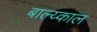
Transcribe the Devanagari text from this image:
बाल्य्काल